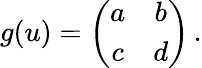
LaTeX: g(u)=\left(\begin{array}{cc}{{a}}&{{b}}\\ {{c}}&{{d}}\end{array}\right)\, .